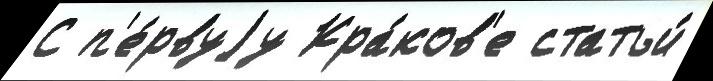
С п'е́рвуjу Кра́ков'е статьи́